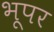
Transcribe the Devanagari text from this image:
भूपर